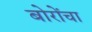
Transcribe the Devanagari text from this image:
बोरोंचा